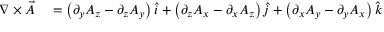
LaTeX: \begin{array} { r l } { \nabla \times { \vec { A } } } & { { } = \left( \partial _ { y } A _ { z } - \partial _ { z } A _ { y } \right) { \hat { i } } + \left( \partial _ { z } A _ { x } - \partial _ { x } A _ { z } \right) { \hat { j } } + \left( \partial _ { x } A _ { y } - \partial _ { y } A _ { x } \right) { \hat { k } } } \end{array}